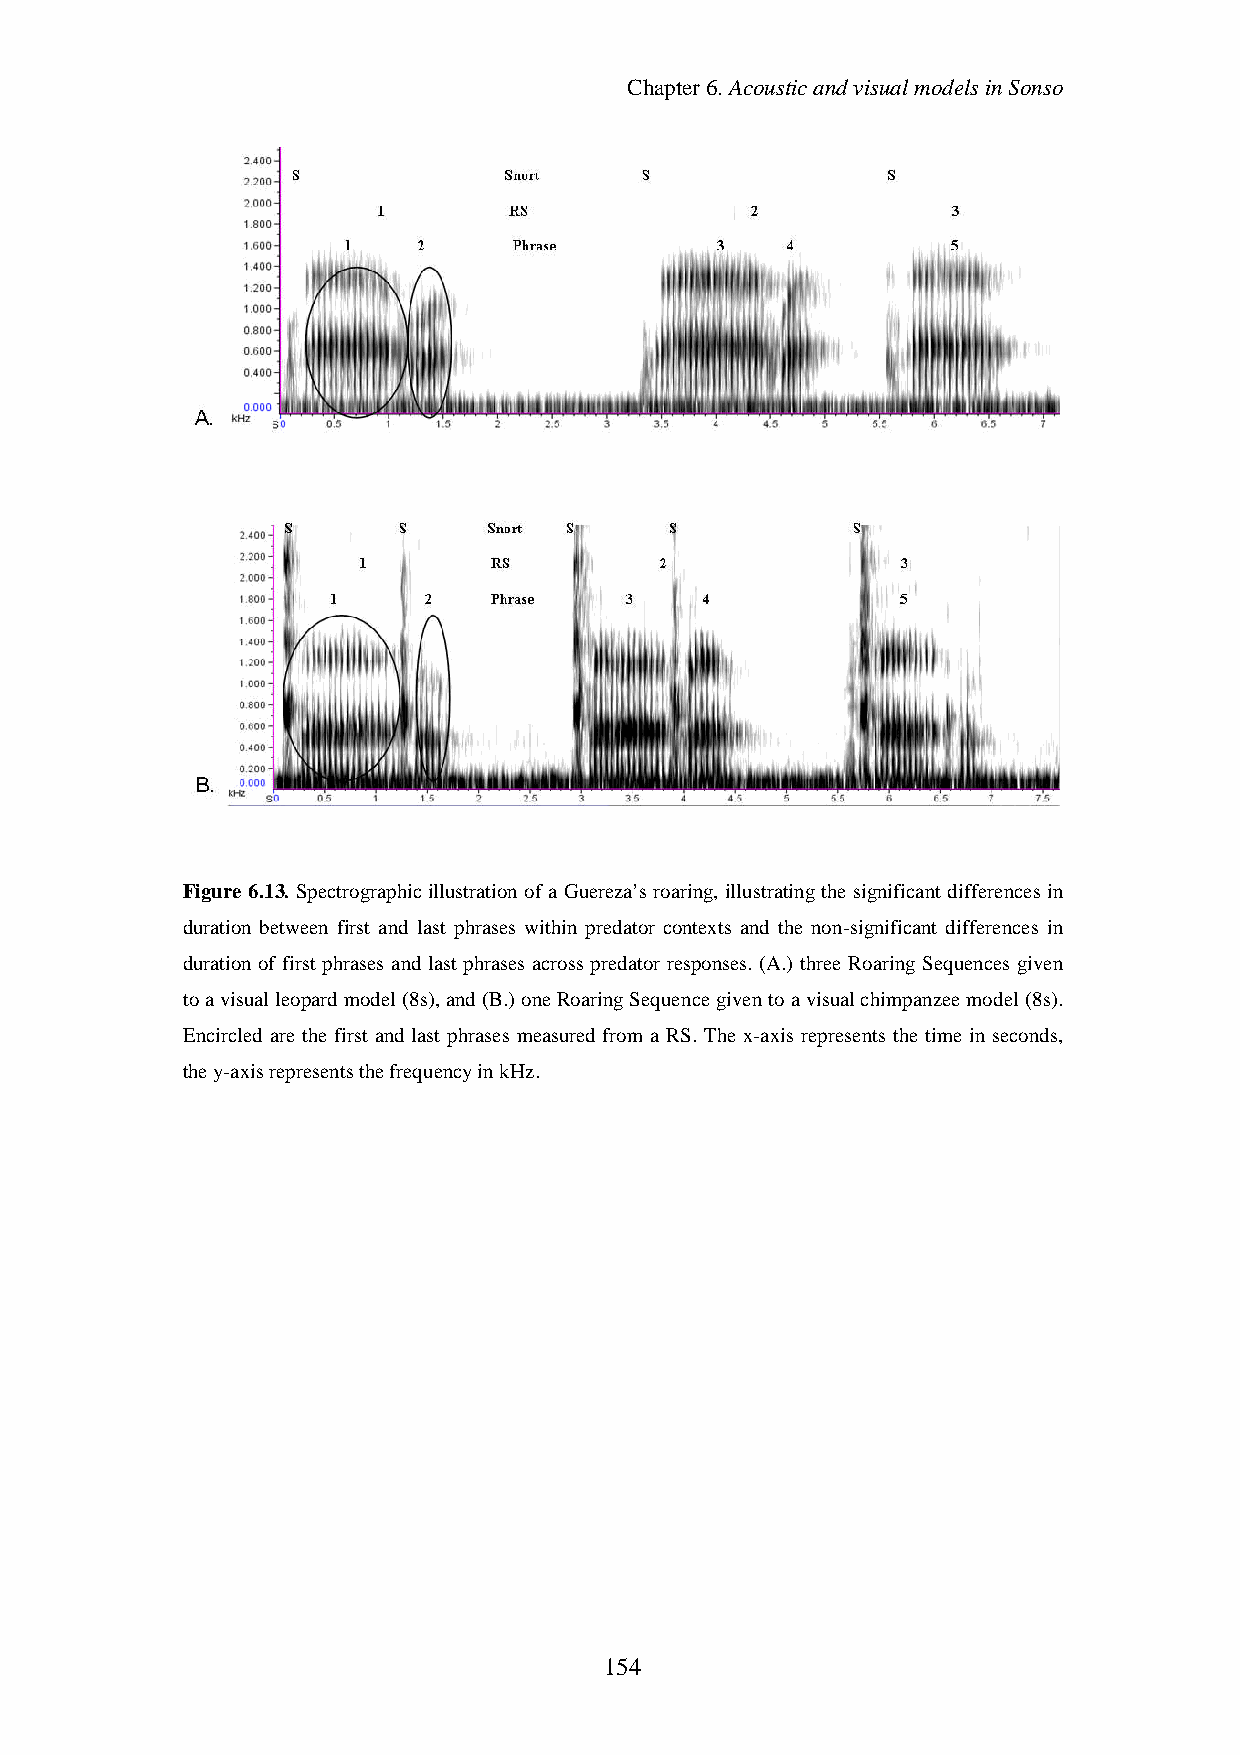
Chapter6.AcousticandvisualmodelsinSonso
 Figure 6.13. Spectrographic illustrationofa Guereza’sroaring, illustratingthe significant differencesin
 duration between first and last phrases within predator contexts and the non-significant differences in
 duration of first phrases and last phrases across predator responses. (A.) three Roaring Sequences given
 toavisualleopardmodel(8s),and(B.)oneRoaringSequencegiventoavisualchimpanzee model(8s).
 Encircled are the first and last phrases measured from a RS. The x-axis represents the time in seconds,
 they-axisrepresentsthefrequencyinkHz.
 154